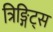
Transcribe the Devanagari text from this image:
त्रिङ्गिट्स